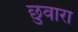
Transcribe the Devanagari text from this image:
छुवारा